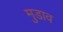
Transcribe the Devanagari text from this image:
मुडाव